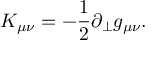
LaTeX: K _ { \mu \nu } = - \frac { 1 } { 2 } \partial _ { \perp } g _ { \mu \nu } .